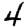
Digit: 4